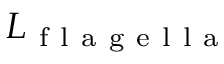
L _ { \mathrm { ~ f ~ l ~ a ~ g ~ e ~ l ~ l ~ a ~ } }